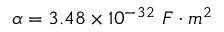
\alpha = 3 . 4 8 \times 1 0 ^ { - 3 2 } ~ { F \cdot m ^ { 2 } }